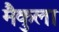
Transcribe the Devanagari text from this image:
मैकुला